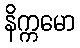
နိက္ကမော